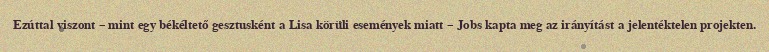
Ezúttal viszont – mint egy békéltető gesztusként a Lisa körüli események miatt – Jobs kapta meg az irányítást a jelentéktelen projekten.